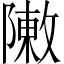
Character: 敶